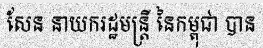
សែន នាយករដ្ឋមន្ត្រី នៃកម្ពុជា បាន